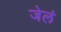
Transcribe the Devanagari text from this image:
जेलं